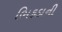
ભિકડાની